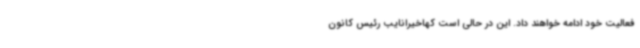
فعالیت خود ادامه خواهند داد. این در حالی است کهاخیرانایب رئیس کانون